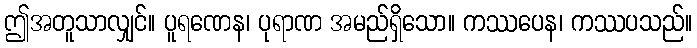
ဤအတူသာလျှင်။ ပူရဏေန၊ ပုရာဏ အမည်ရှိသော။ ကဿပေန၊ ကဿပသည်။